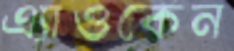
এ্যাওকেন